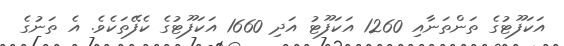
އަކަފޫޓުގެ ތަންތަނާއި 1260 އަކަފޫޓު އަދި 1660 އަކަފޫޓުގެ ކެފޭތަކެވެ. އެ ތަނުގެ